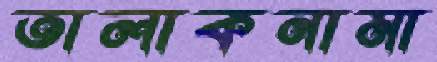
তালাকনামা